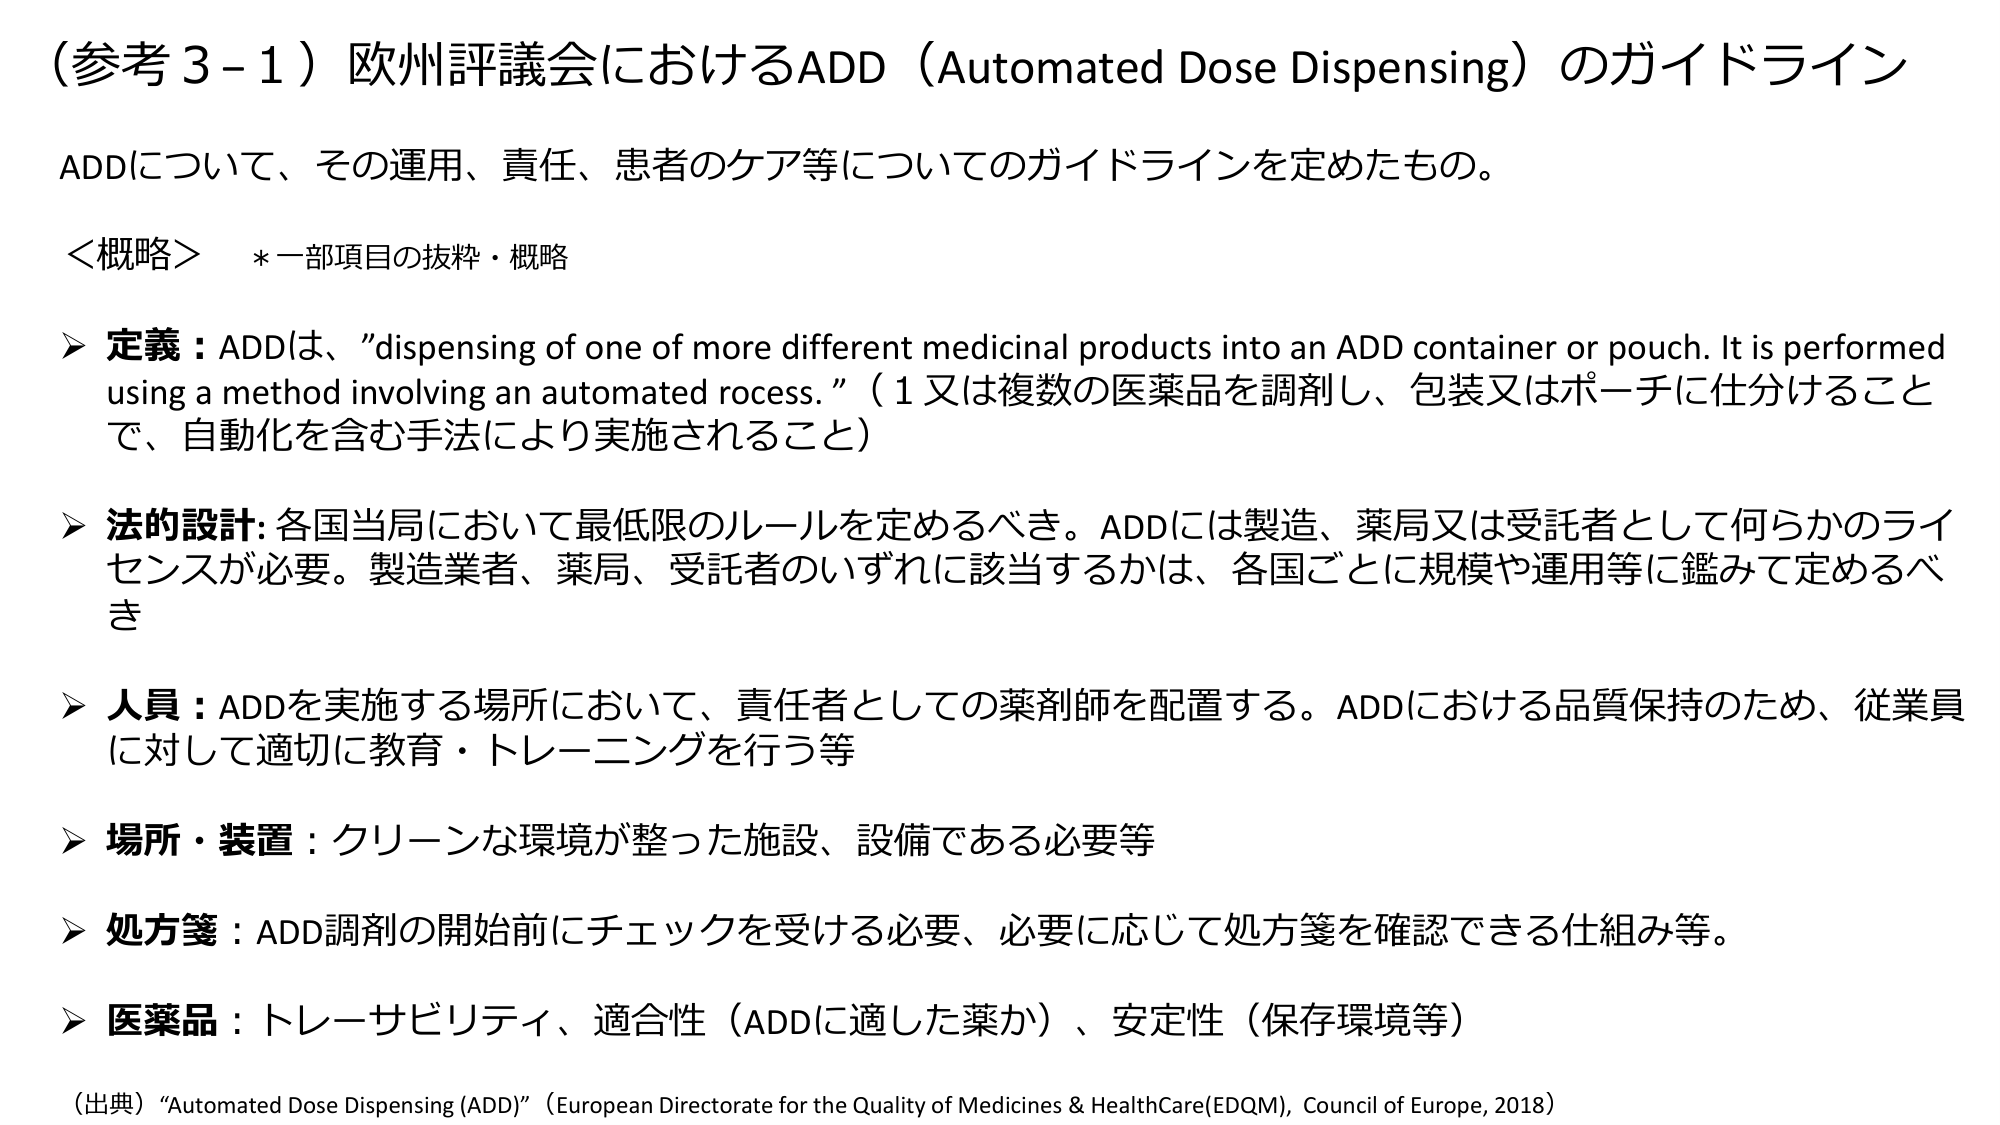
（参考３－１）欧州評議会におけるADD（Automated Dose Dispensing）のガイドライン

ADDについて、その運用、責任、患者のケア等についてのガイドラインを定めたもの。

＜概略＞　＊一部項目の抜粋・概略

➤ 定義：ADDは、”dispensing of one of more different medicinal products into an ADD container or pouch. It is performed using a method involving an automated rocess.”（1又は複数の医薬品を調剤し、包装又はポーチに仕分けること で、自動化を含む手法により実施されること）

➤ 法的設計: 各国当局において最低限のルールを定めるべき。ADDには製造、薬局又は受託者として何らかのライ センスが必要。製造業者、薬局、受託者のいずれに該当するかは、各国ごとに規模や運用等に鑑みて定めるべ き

➤ 人員：ADDを実施する場所において、責任者としての薬剤師を配置する。ADDにおける品質保持のため、従業員 に対して適切に教育・トレーニングを行う等

➤ 場所・装置：クリーンな環境が整った施設、設備である必要等

➤ 処方箋：ADD調剤の開始前にチェックを受ける必要、必要に応じて処方箋を確認できる仕組み等。

➤ 医薬品：トレーサビリティ、適合性（ADDに適した薬か）、安定性（保存環境等）

（出典）“Automated Dose Dispensing (ADD)”（European Directorate for the Quality of Medicines & HealthCare(EDQM), Council of Europe, 2018）